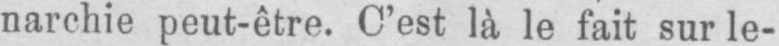
narchie peut-être. C’est là le fait sur le-